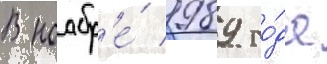
В ноабр'е́ 1989 го́да